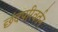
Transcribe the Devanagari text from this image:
छंदपरिवर्तन